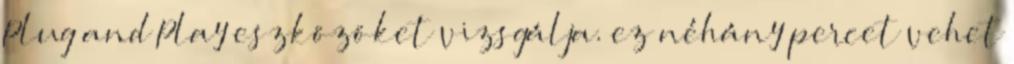
Plug and Play eszközöket vizsgálja. ez néhány percet vehet